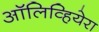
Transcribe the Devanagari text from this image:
ऑलिव्हियेरा